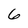
Character: 6